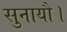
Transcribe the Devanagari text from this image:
सुनायौ।